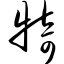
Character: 犄